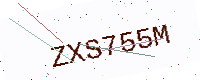
Text: ZXS755M